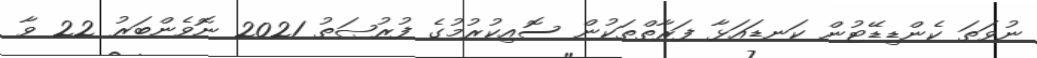
ނުވަތަ ކެންޑިޑޭޓުން ކަނޑައަޅާ ފަރާތްތަކުން ސޮއިކުރުމުގެ ފުރުޞަތު 2021 ނޮވެންބަރު 22 ވާ